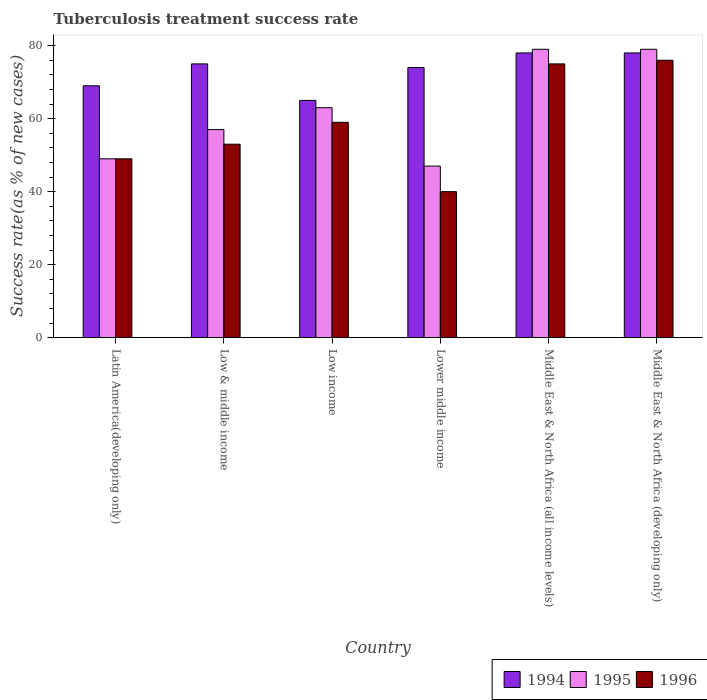
| Country | 1994 | 1995 | 1996 |
 | --- | --- | --- | --- |
 | Latin America(developing only) | 69 | 49 | 49 |
 | Low & middle income | 75 | 57 | 53 |
 | Low income | 65 | 63 | 59 |
 | Lower middle income | 74 | 47 | 40 |
 | Middle East & North Africa (all income levels) | 78 | 79 | 75 |
 | Middle East & North Africa (developing only) | 78 | 79 | 76 |